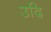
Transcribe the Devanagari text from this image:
उदि